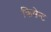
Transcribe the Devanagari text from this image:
क्रिसेन्‍ट